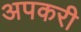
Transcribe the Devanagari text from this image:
अपकरी